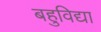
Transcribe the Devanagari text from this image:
बहुविद्या